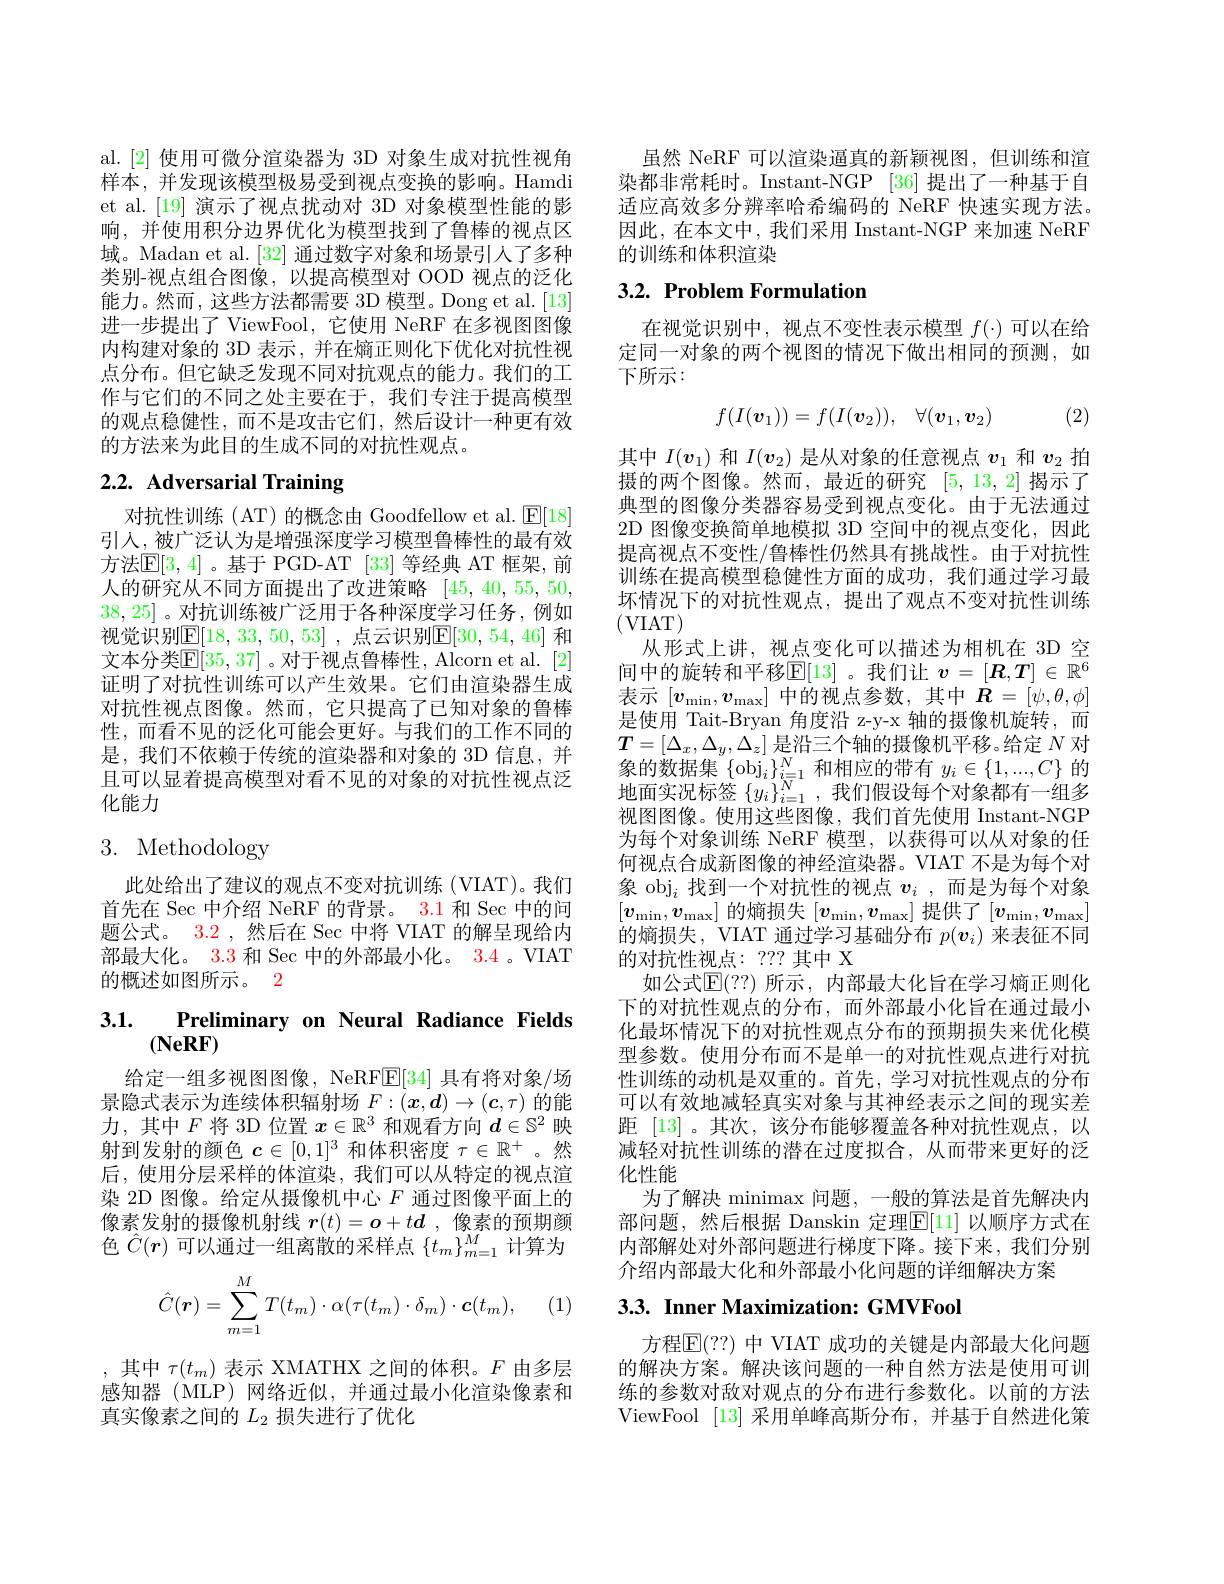
al.[2] 使用可微分渲染器为 3D 对象生成对抗性视角样本，并发现该模型极易受到视点变换的影响。Hamdi et al.[19] 演示了视点扰动对 3D 对象模型性能的影响，并使用积分边界优化为模型找到了鲁棒的视点区域。Madan et al. [32] 通过数字对象和场景引人了多种类别-视点组合图像，以提高模型对 OOD 视点的泛化能力。然而，这些方法都需要 3D 模型。Dong et al.[13] 进一步提出了 ViewFool, 它使用 NeRF 在多视图图像内构建对象的 3D 表示，并在熵正则化下优化对抗性视点分布。但它缺乏发现不同对抗观点的能力。我们的工作与它们的不同之处主要在于，我们专注于提高模型的观点稳健性，而不是攻击它们，然后设计一种更有效的方法来为此目的生成不同的对抗性观点。

# 2.2. Adversarial Training

对抗性训练(AT)的概念由 Goodfellow et al. $\operatorname{E}[18]$ 引人，被广泛认为是增强深度学习模型鲁棒性的最有效方法$\mathbb{E}[3,4]$。基于 PGD-AT [33]等经典 AT 框架，前人的研究从不同方面提出了改进策略[45,40,55,50, 38,25]。对抗训练被广泛用于各种深度学习任务，例如视觉识别$\mathbb{E}[18,33,50,53]$ ,点云识别$\mathbb{E}[30,54,46]$ 和文本分类$\mathbb{E}[35,37]$ 。对于视点鲁棒性，Alcorn et al. [2] 证明了对抗性训练可以产生效果。它们由渲染器生成对抗性视点图像。然而，它只提高了已知对象的鲁棒性，而看不见的泛化可能会更好。与我们的工作不同的是，我们不依赖于传统的渲染器和对象的 3D 信息，并且可以显着提高模型对看不见的对象的对抗性视点泛化能力

# 3. Methodology

此处给出了建议的观点不变对抗训练(VIAT)。我们首先在 Sec 中介绍 NeRF 的背景。3.1 和 Sec 中的问题公式。3.2 ,然后在 Sec 中将 VIAT 的解呈现给内部最大化。3.3 和 Sec 中的外部最小化。3.4 。VIAT 的概述如图所示。2

# 3.1. Preliminary on Neural Radiance Fields $(\mathbf{NeRF})$

给定一组多视图图像，NeRFE[34] 具有将对象/场景隐式表示为连续体积辐射场$F:(\boldsymbol{x},\boldsymbol{d})\to(\boldsymbol{c},\tau)$的能力，其中$F$将 3D 位置$x\in\mathbb{R}^3$和观看方向$d\in\mathbb{S}^2$映射到发射的颜色$\boldsymbol{c}\in[0,1]^3$和体积密度$\tau\in\mathbb{R}^+$ 。然后，使用分层采样的体渲染，我们可以从特定的视点渲染 2D 图像。给定从摄像机中心$F$通过图像平面上的像素发射的摄像机射线$\boldsymbol r(t)=\boldsymbol{o}+t\boldsymbol{d}$ ,像素的预期颜色$\hat{C}(r)$可以通过一组离散的采样点$\{t_m\}_m=1^M$计算为
$$\hat{C}(\boldsymbol{r})=\sum_{m=1}^MT(t_m)\cdot\alpha(\tau(t_m)\cdot\delta_m)\cdot\boldsymbol{c}(t_m),$$
,其中$\tau(t_m)$表示 XMATHX 之间的体积。$F$由多层感知器 (MLP) 网络近似，并通过最小化渲染像素和真实像素之间的$L_2$损失进行了优化

虽然 NeRF 可以渲染逼真的新颖视图，但训练和渲染都非常耗时。Instant-NGP [36] 提出了一种基于自适应高效多分辨率哈希编码的 NeRF 快速实现方法。因此，在本文中，我们采用 Instant-NGP 来加速 NeRF 的训练和体积渲染

## $3. 2. \textbf{ Problem Formulation}$

在视觉识别中，视点不变性表示模型$f(\cdot)$可以在给定同一对象的两个视图的情况下做出相同的预测，如下所示：

(2)
$$f(I(\boldsymbol{v}_1))=f(I(\boldsymbol{v}_2)),\quad\forall(\boldsymbol{v}_1,\boldsymbol{v}_2)$$
其中$I(v_1)$和$I(v_2)$是从对象的任意视点$v_{1}$和$v_{2}$拍摄的两个图像。然而，最近的研究[5,13,2]揭示了典型的图像分类器容易受到视点变化。由于无法通过2D 图像变换简单地模拟 3D 空间中的视点变化，因此提高视点不变性/鲁棒性仍然具有挑战性。由于对抗性训练在提高模型稳健性方面的成功，我们通过学习最坏情况下的对抗性观点，提出了观点不变对抗性训练(VIAT)
从形式上讲，视点变化可以描述为相机在 3D 空间中的旋转和平移$\mathbb{E}[13]$ 。我们让 $v=[\boldsymbol{R},T]\in\mathbb{R}^6$ 表示$[v_\mathrm{min},v_\mathrm{max}]$中的视点参数，其中$\dot{\boldsymbol{R}}=[\dot{\psi},\theta,\phi]$ 是使用 Tait-Bryan 角度沿 z-y-x 轴的摄像机旋转，而$T=[\Delta_x,\Delta_y,\Delta_z]$是沿三个轴的摄像机平移。给定$N$对象的数据集$\left\{\mathrm{obj}_i\right\}_{i=1}^N$和相应的带有$y_i\in\{1,...,C\}$ 的地面实况标签$\{y_i\}_{i=1}^N$,我们假设每个对象都有一组多视图图像。使用这些图像，我们首先使用 Instant-NGP 为每个对象训练 NeRF 模型，以获得可以从对象的任何视点合成新图像的神经渲染器。VIAT 不是为每个对象 obj$_i$ 找 到 一 个 对 抗 性 的 视 点 $v_i$ ,而是为每个对象$[v_{\min},v_{\max}]$的熵损失$[v_\min,v_\max]$提供了$[v_\min,v_\max]$ 的熵损失，VIAT 通过学习基础分布$p(v_i)$来表征不同的对抗性视点：2?? 其中 X
如公式$\mathbb{E}(??)$ 所示，内部最大化旨在学习熵正则化下的对抗性观点的分布，而外部最小化旨在通过最小化最坏情况下的对抗性观点分布的预期损失来优化模型参数。使用分布而不是单一的对抗性观点进行对抗性训练的动机是双重的。首先，学习对抗性观点的分布可以有效地减轻真实对象与其神经表示之间的现实差距 [13]。其次，该分布能够覆盖各种对抗性观点，以减轻对抗性训练的潜在过度拟合，从而带来更好的泛化性能
为了解决 minimax 问题，一般的算法是首先解决内部问题，然后根据 Danskin 定理$\mathbb{E}[11]$ 以顺序方式在内部解处对外部问题进行梯度下降。接下来，我们分别介绍内部最大化和外部最小化问题的详细解决方案
3.3. Inner Maximization: GMVFool

方程$\mathbb{E}(??)$ 中 VIAT 成功的关键是内部最大化问题的解决方案。解决该问题的一种自然方法是使用可训练的参数对敌对观点的分布进行参数化。以前的方法ViewFool [13]采用单峰高斯分布，并基于自然进化策